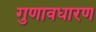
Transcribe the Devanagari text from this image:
गुणावधारण